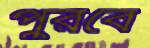
পুরবে